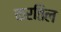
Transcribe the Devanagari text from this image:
करतिल